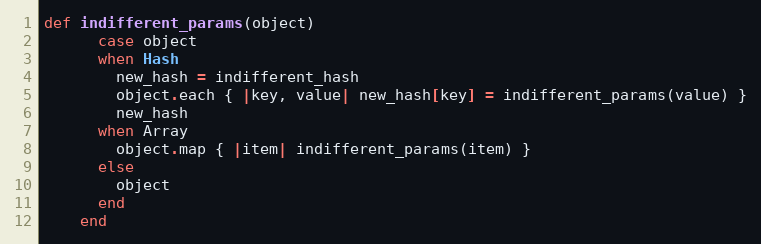
Language: Ruby
def indifferent_params(object)
      case object
      when Hash
        new_hash = indifferent_hash
        object.each { |key, value| new_hash[key] = indifferent_params(value) }
        new_hash
      when Array
        object.map { |item| indifferent_params(item) }
      else
        object
      end
    end